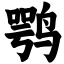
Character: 鹗